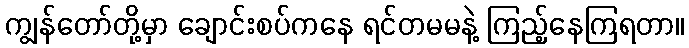
ကျွန်တော်တို့မှာ ချောင်းစပ်ကနေ ရင်တမမနဲ့ ကြည့်နေကြရတာ။